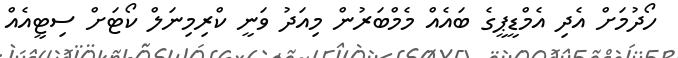
ހޯދުމަށް އެދި އެމްޑީޕީގެ ބައެއް މެމްބަރުން މިއަދު ވަނީ ކްރިމިނަލް ކޯޓަށް ސިޓީއެއް